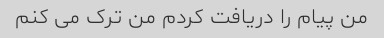
من پیام را دریافت کردم من ترک می کنم